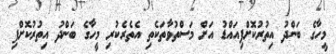
މީހާގެ ބަންދު އިތުރުކޮށްފިއައްޑު އަށް މަސްތުވާތަކެތި އެތެރެކުރި މީހާގެ ބަންދު އިތުރުކޮށްފި